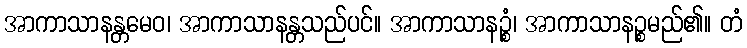
အာကာသာနန္တမေဝ၊ အာကာသာနန္တသည်ပင်။ အာကာသာနဉ္စံ၊ အာကာသာနဉ္စမည်၏။ တံ